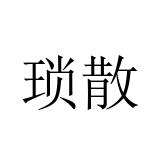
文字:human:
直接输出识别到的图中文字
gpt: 琐散